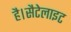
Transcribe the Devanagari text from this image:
है।सैटेलाइट